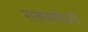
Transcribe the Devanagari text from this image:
राजधानीवरचे